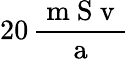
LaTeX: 20\, \frac{\mathrm{~m~S~v~}}{\mathrm{~a~}}